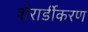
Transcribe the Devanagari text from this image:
शेरार्डीकरण